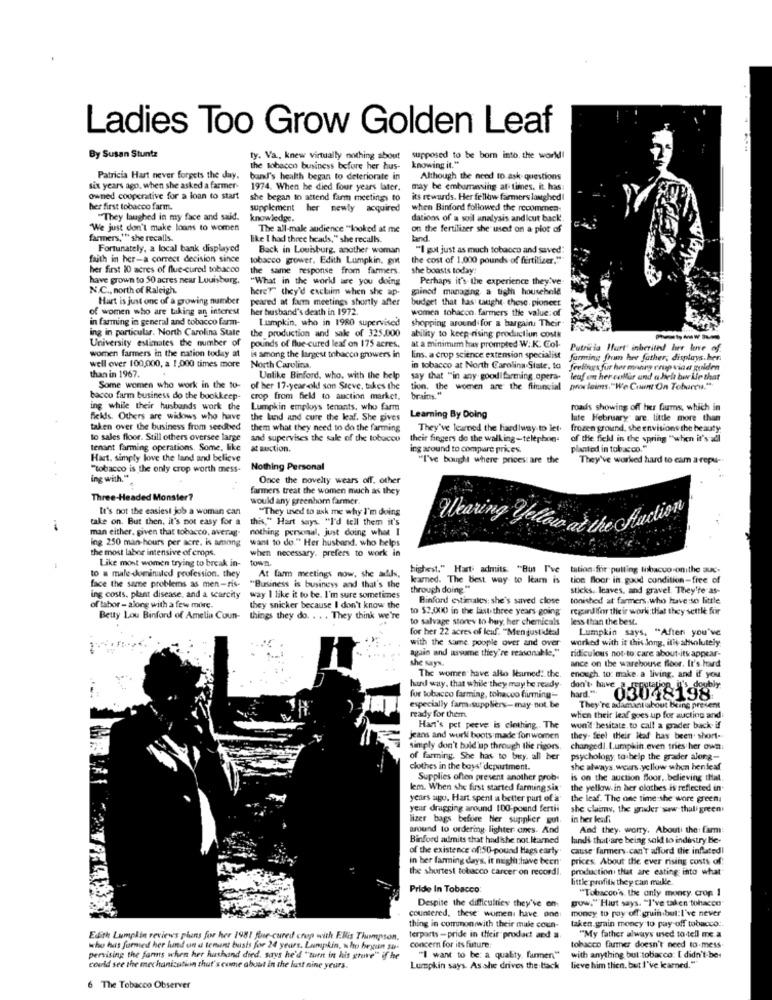
Ladies Too Grow Golden Leaf
By Susan Stuntz
ty. Va, knew virtually nothing about
supposed to be bom into. the world!
the tobacco business before her hus-
knowing it."
Patricia Hart never forgets the day.
band's health began to deteriorate in
Although the need to ask questions
six years ago. when she asked a farmer-
1974. When he died four years later.
may be embarrassing at times. it has
owned cooperative for a loan to start
she began to attend farm meetings to
its rewards. Her fellow farmers laughed!
her first tobacco farm.
supplement her newly acquired
when Binford followed the recommen-
"They laughed in my face and said.
knowledge.
dations of a soil analysis andicut back.
"We just don't make loans to women
The all-male audience "looked at me
on the fertilizer she used on a plot of
farmers," she recalls.
like I had three heads," she recalls.
land.
Fortunately, a local bank displayed
Back in Louisburg, another woman
"I got just as much tobacco and saved:
faith in her-a correct decision since
tobacco grower. Edith Lumpkin, got
the cost of 1.000 pounds of fertilizer.""
her first 10 acres of flue-cured tobacco
the same response from farmers.
she boasts today!
have grown to 50 acres near Louisburg,
"What in the world are you doing
Perhaps it's the experience they've
N.C ., north of Raleigh.
here?" they'd exchim when she ap-
gained managing a tight household
Hart is just one of a growing number
peared at farm meetings shortly after
budget that has ught these. pioneet
of women who are taking an interest
her husband's death in 1972.
women tobacco. farmers the value: of
in farming in general and tobacco farm-
Lumpkin, who in 1980 supervised
shopping around for a bargain. Their-
ing in particular. North Carolina State
the production and sale of 325,000
ability to keep rising production costs
University estimates the number of
women farmers in the nation today at
pounds of flue-cured leaf on 175 acres.
at a minimum has prompted W. K. Col-
Patricia Hart' inherited her love of
is among the largest tobacco growers in
lins. a crop science extension specialist
farming from her father, displays.her.
well over 100,000, a 1,000 times more
North Carolina.
in tobacco at North Carolina State, to feelbugs fur her manny crop viser golden
than in 1967.
Unlike Binford, who. with the help
say that "in any good farming.opera-
leaf on her collar and a biela bir Lie that
Some women who work in the to-
of her 17-year-old son Sieve, takes the
tion. the women are the financial
proclaims."We Count On Toburcu."
bacco farm business do the bookkeep-
crop from field to auction market,
brains."
ing while their husbands work the
Lumpkin employs tenants, who farm
roads showing off her Gums, which in
fields. Others are widows who have
the lund and cure the leaf. She gives
Learning By Doing
lute Hebruary are. little more than
taken over the business from seedbed
them what they need to do the farming
They've learned the hard way to let.
frozen ground, she envisions the beauty
to sales floor. Still others oversee large
and supervises the sale of the tobacco
their fingers do the walking-telephon-
of the field in the spring "when it's adl
tenant farming operations. Some, like
at auction.
ing around to compare prices.
planted in tobacco."
Hart. simply love the land and believe
"I've bought where prices are the
They've worked hard to cam a repu -.
"tobacco is the only crop worth mess-
Nothing Personal
ing with."
Once the novelty wears off. other
farmers treat the women much as they
Three-Headed Monster?
would any greenhorn farmer.
It's not the easiest job a woman can
"They used to ask me why I'm doing
take on. But then, it's not easy for a
this," Hart says. "I'd tell them it's
man either, given that tobacco, averg-
nothing personal, just doing what I
Wearing yollara at the Auction
ing 250 man-hours per acre. is among
want to do." Her husband. who helps
the most labor intensive of crops.
when necessary. prefers to work in
Like most women trying to break in-
town.
highest." Hart' admits. "But I've tation for putting libacco onithe auc.
to a male-dominated profession. they
At farm meetings now, she adds,
kamed. The best way to leam is
tion floor in. good condition-free of
face the same problems as men-ris-
"Business is business and that's the
through doing "
sticks, leaves, and gravel. They're as-
ing costs, plant disease, and a scarcity
way I like it to be. I'm sure sometimes
Binford estinales: she's saved close
tonished at farmers.who have so little
of labor - along with a few more.
they snicker because I don't know the
to $2,0010) in the lastthree years going
regirdifor their work that they settle for
Betty Lou Binford of Amelia Coun-
things they do. . . . They think we're
to salvage stores to buy, her chemicals
less than the best.
for her 22 acres of leaf. "Men gustideal
Lumpkin says, "After you've
with the same poople over and over
worked with it this Jong, it's absolutely
again and assume they're reasonable."
ridiculous not-to care about-its appear-
she says.
ance on the warehouse floor. It's hard
The women have alto leamed: the.
enough to: make a living, and if you
hard way, that while they may be ready.
hard."+
ubly
for tobacco farming, tobacco farming --
03048198
especially farm.suppliers-may- not. be
They're adamant about being present
ready for them.
when their leaf goes up for auction and
Han's pet peeve is clothing . The
won't hesitate to call a grader back if
jeans and work boots made for women
they- feel their leaf has been short-
simply don't buld up through the rigors.
changedl. Lumpkin.even tries her own
of farming. She has to buy. all ber
psychology, to help the grader along-
clothes in the boys' department.
she always. wears.yellow when hendeaf
Supplies often present another prob-
is on the auction floor, believing that
lem. When she first started farming six
the yellow in her clothes is reflected in.
years ago. Hart spent a better purt of a'
the leaf. The one time she wore green.
year dragging around 100-pound fertii
she claims, the gruder saw thali green
lizer bags before Ner supplier gut
in her leafi
around to ordering lighter anes. And
And they. worry. Abouti the: farm
Binford admits that had ikshe not.learned
lands that are being said to indintry He-
of the existence of:50-pound tags early"
cause farmers.can't afford the inflated!
in ber farming days, it might have been
prices. About the ever rising costs of
the shortest tobacco carcer on record !.
production that are esting into what
little profili they can malle.
Pride In Tobacco
"Tobacco's, the only moncy. Crop 1
Despite the difficulties they've on
Dow.""Haut says. "I've taken tohacce
countered, these women have one:
money to pay off.gruin but:I've never
taken grain moncy to pay off tobacco :.
thing in common with their male coun-
Edith Lumpkin reviews plans for her 1981 fle-cured crop with ENis Thompson,
terparts -pride in their proodact and a
"My father always used to tell me a
who hus furmed her lund an a tement busts for 24 years. Lumpkin, who heyun sa.
concern for its future:
tobacco farmer doesn't need to-mess
pervising the farms when her hushand died, says he'd "turn in his grave" if he
"I want to be: a quality. farmen"
with anything but tobacco: [ didn't-ber
could see the mechanization that's come about in the last nine yours.
Lumpkin says. As she drives the back
lieve him then, but I've learned."
6 The Tobacco Observer